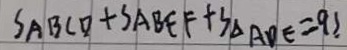
S _ { A B C D } + S _ { A B E F } + S _ { \Delta A D E } = 9 S .